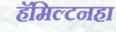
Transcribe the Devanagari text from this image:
हॅमिल्टनहा